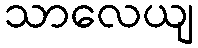
သာလေယျ